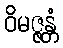
ဝိမဇ္ဇန္တံ